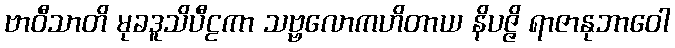
ဗာဝီသာတိ မုခဒူသိပီဠကာ သဗ္ဗလောကဟိတာယ နိပဇ္ဇိ ရာဇာနုဘာဝေါ